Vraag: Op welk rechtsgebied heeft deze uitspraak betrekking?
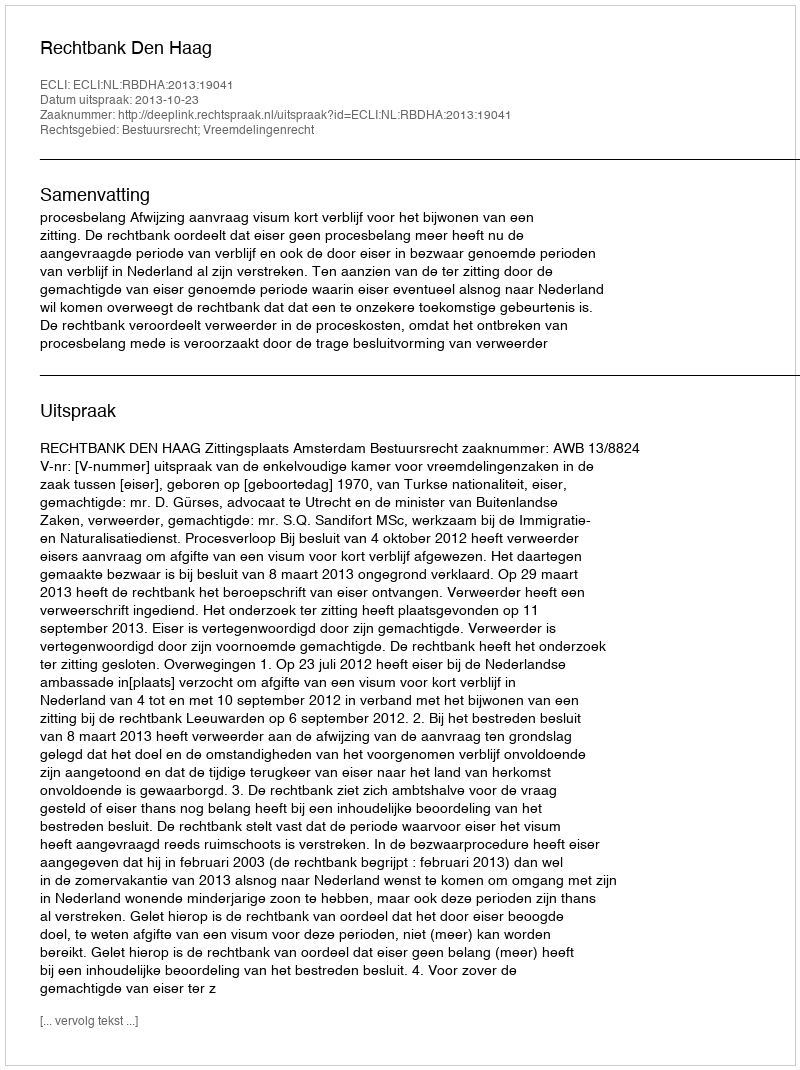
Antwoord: Bestuursrecht; Vreemdelingenrecht